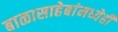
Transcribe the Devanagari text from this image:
बाळासाहेबांमध्येही